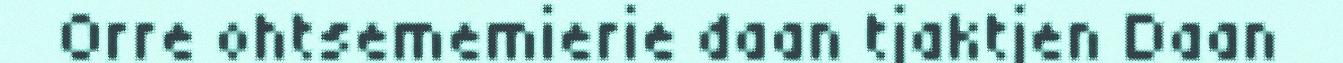
Orre ohtsememierie daan tjaktjen Daan